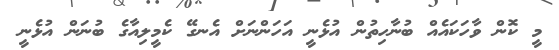
މީ ކޮން ވާހަކައެއް ބުނާހިތުން އުޅެނީ އަހަންނަށް އެނގޭ ކެމީލިއާގެ ބުނަން އުޅެނީ